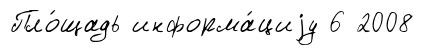
Пло́щадь информа́циjу 6 2008